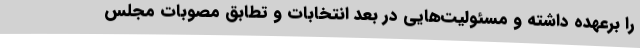
را برعهده داشته و مسئولیت‌هایی در بعد انتخابات و تطابق مصوبات مجلس